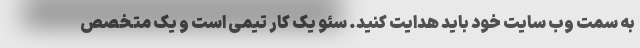
به سمت وب سایت خود باید هدایت کنید. سئو یک کار تیمی است و یک متخصص